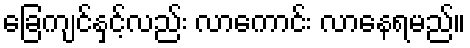
ခြေကျင်နှင့်လည်း လာကောင်း လာနေရမည်။